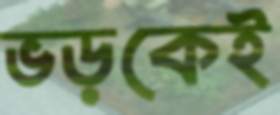
ভড়কেই